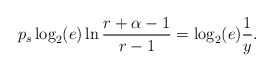
\begin{align*}p_s \log_2(e)\ln \frac{r+\alpha-1}{r-1} = \log_2(e) \frac{1}{y}.\end{align*}